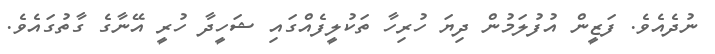
ނުދެއެވެ. ފަޒީން އުފުލަމުން ދިޔަ ހުރިހާ ތަކުލީފެއްގައި ޝަހީދާ ހުރީ އޭނާގެ ގާތުގައެވެ.